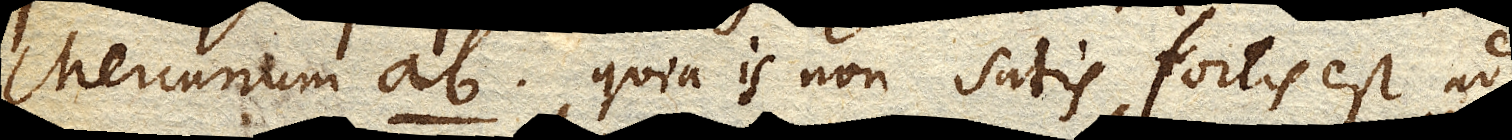
Mercurium ab quia is non satis fortis est ad